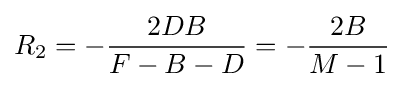
R_{2}=-{\frac {2DB}{F-B-D}}=-{\frac {2B}{M-1}}